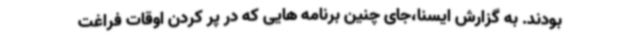
بودند. به گزارش ایسنا،جای چنین برنامه هایی که در پر کردن اوقات فراغت